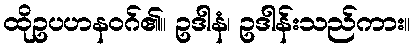
ထိုဥပဟနဝဂ်၏။ ဥဒါနံ၊ ဥဒါန်းသည်ကား။